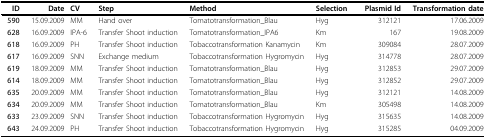
| ID | Date | CV | Step | <COLSPAN=2> Method | Selection | Plasmid Id | Transformation date |
 | --- | --- | --- | --- | --- | --- | --- | --- | --- |
 | 590 | 15.09.2009 | MM | Hand over | <COLSPAN=2> Tomatotransformation_Blau | Hyg | 312121 | 17.06.2009 |
 | 628 | 16.09.2009 | IPA-6 | Transfer Shoot induction | <COLSPAN=2> Tomatotransformation_IPA6 | Km | 167 | 19.08.2009 |
 | 618 | 16.09.2009 | PH | Transfer Shoot induction | <COLSPAN=2> Tobaccotransformation Kanamycin | Km | 309084 | 28.07.2009 |
 | 617 | 16.09.2009 | SNN | Exchange medium | <COLSPAN=2> Tobaccotransformation Hygromycin | Hyg | 314778 | 28.07.2009 |
 | 619 | 18.09.2009 | MM | Transfer Shoot induction | <COLSPAN=2> Tomatotransformation_Blau | Hyg | 312853 | 29.07.2009 |
 | 614 | 18.09.2009 | MM | Transfer Shoot induction | <COLSPAN=2> Tomatotransformation_Blau | Hyg | 312852 | 29.07.2009 |
 | 635 | 20.09.2009 | MM | Transfer Shoot induction | <COLSPAN=2> Tomatotransformation_Blau | Hyg | 312121 | 14.08.2009 |
 | 634 | 20.09.2009 | MM | Transfer Shoot induction | <COLSPAN=2> Tomatotransformation_Blau | Km | 305498 | 14.08.2009 |
 | 633 | 23.09.2009 | SNN | Transfer Shoot induction | <COLSPAN=2> Tobaccotransformation Hygromycin | Hyg | 315635 | 14.08.2009 |
 | 643 | 24.09.2009 | PH | Transfer Shoot induction | <COLSPAN=2> Tobaccotransformation Hygromycin | Hyg | 315285 | 04.09.2009 |